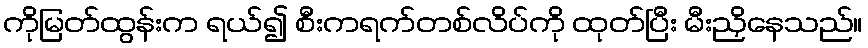
ကိုမြတ်ထွန်းက ရယ်၍ စီးကရက်တစ်လိပ်ကို ထုတ်ပြီး မီးညှိနေသည်။